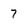
Character: 7